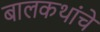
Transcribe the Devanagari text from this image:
बालकथांचे